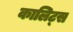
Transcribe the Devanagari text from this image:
कालिट्स